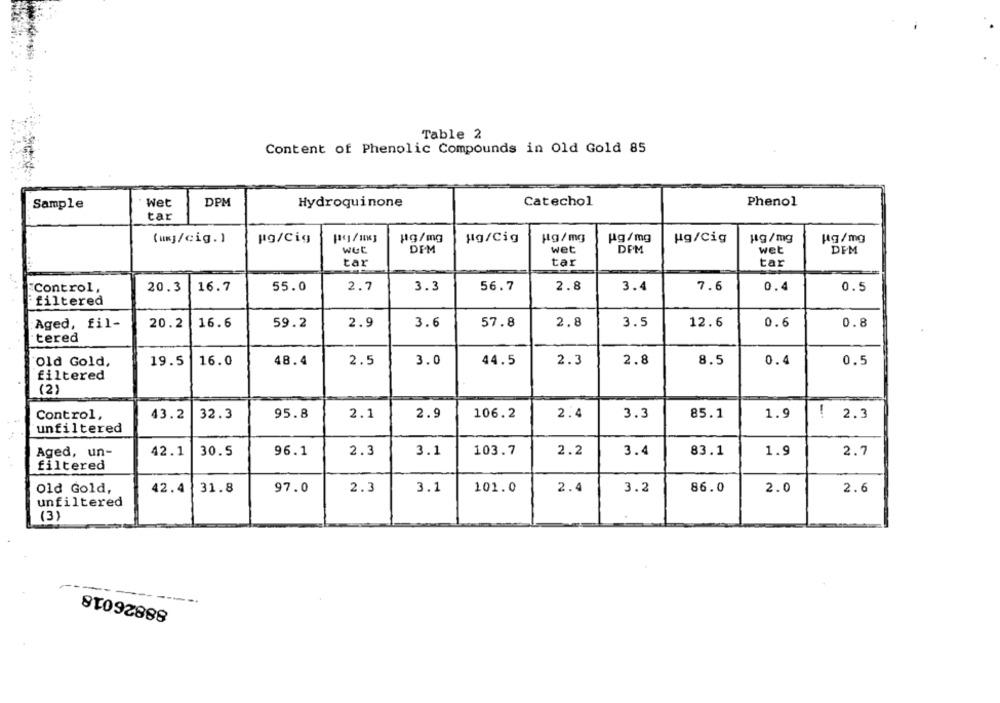
Table 2
Content of Phenolic Compounds in Old Gold 85
Sample
Wet
DPM
Hydroquinone
Catechol
Phenol
tar
pg/Cig
Hg/mg
Hg/Cig
Hg/ mg
kg/mg
Hg/Cig
Hg/mg
Hg/mg
(ug/cig.)
wet
DIM
wet
DEM
wet
DEM
tar
tar
tar
20.3
16.7
55.0
2.7
3.3
56.7
2.8
3.4
7.6
0.4
0.5
Control,
filtered
20.2
16.6
59.2
2.9
3.6
57.8
2.8
3.5
12.6
0.6
0.8
Aged, fil-
tered
Old Gold,
19.5
16.0
48.4
2.5
3.0
44.5
2.3
2.8
8.5
0.4
0.5
filtered
(2)
Control,
43.2
95.8
2.9
106.2
2.4
3.3
85.1
1.9
32.3
2.1
: 2.3
unfiltered
3.1
Aged, un-
42.1
30.5
96.1
2.3
103.7
2.2
3.4
83.1
1.9
2.7
filtered
Old Gold,
42.4
31.8
97.0
2.3
3.1
101.0
2.4
3.2
86.0
2.0
2.6
unfiltered
(3)
88826018